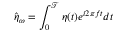
\hat { \eta } _ { \omega } = \int _ { 0 } ^ { \mathcal { T } } \eta ( t ) e ^ { i 2 \pi f t } d t